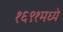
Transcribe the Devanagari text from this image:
१६९१मध्ये